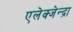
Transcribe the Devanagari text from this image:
एलेक्जेन्द्रा